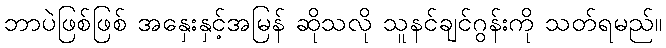
ဘာပဲဖြစ်ဖြစ် အနှေးနှင့်အမြန် ဆိုသလို သူနင်ချင်ဂွန်းကို သတ်ရမည်။